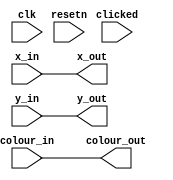
module datapath(
					clk, 
					resetn, 
					x_in,
					y_in,
					clicked,
					colour_in,  
					x_out, 
					y_out, 
					colour_out
					);
	input clk, resetn, clicked;
	input [7:0] x_in;
	input [6:0] y_in;
	input [2:0] colour_in; 
	output [7:0] x_out;
	output [6:0] y_out;
	output [2:0] colour_out;

	reg [3:0] counter;
	reg [2:0]actual_color;

	//counter
	always @(posedge clk) begin
//		if (clicked) begin
			if (!resetn)
				counter <= 4'b0000;
			else
					if (counter == 1111)
						counter <= 4'b0000;
					else
				counter <= counter + 1'b1;
		end
//		else begin
//			counter <= 4'b0000;
//			actual_color <= 3'b111;
//			end

	assign x_out = x_in;
	assign y_out = y_in;
//	assign x_out = x_in + counter[1:0];
//	assign y_out = y_in + counter[3:2];
//	assign colour_out = actual_color;
	assign colour_out = colour_in;
	
endmodule